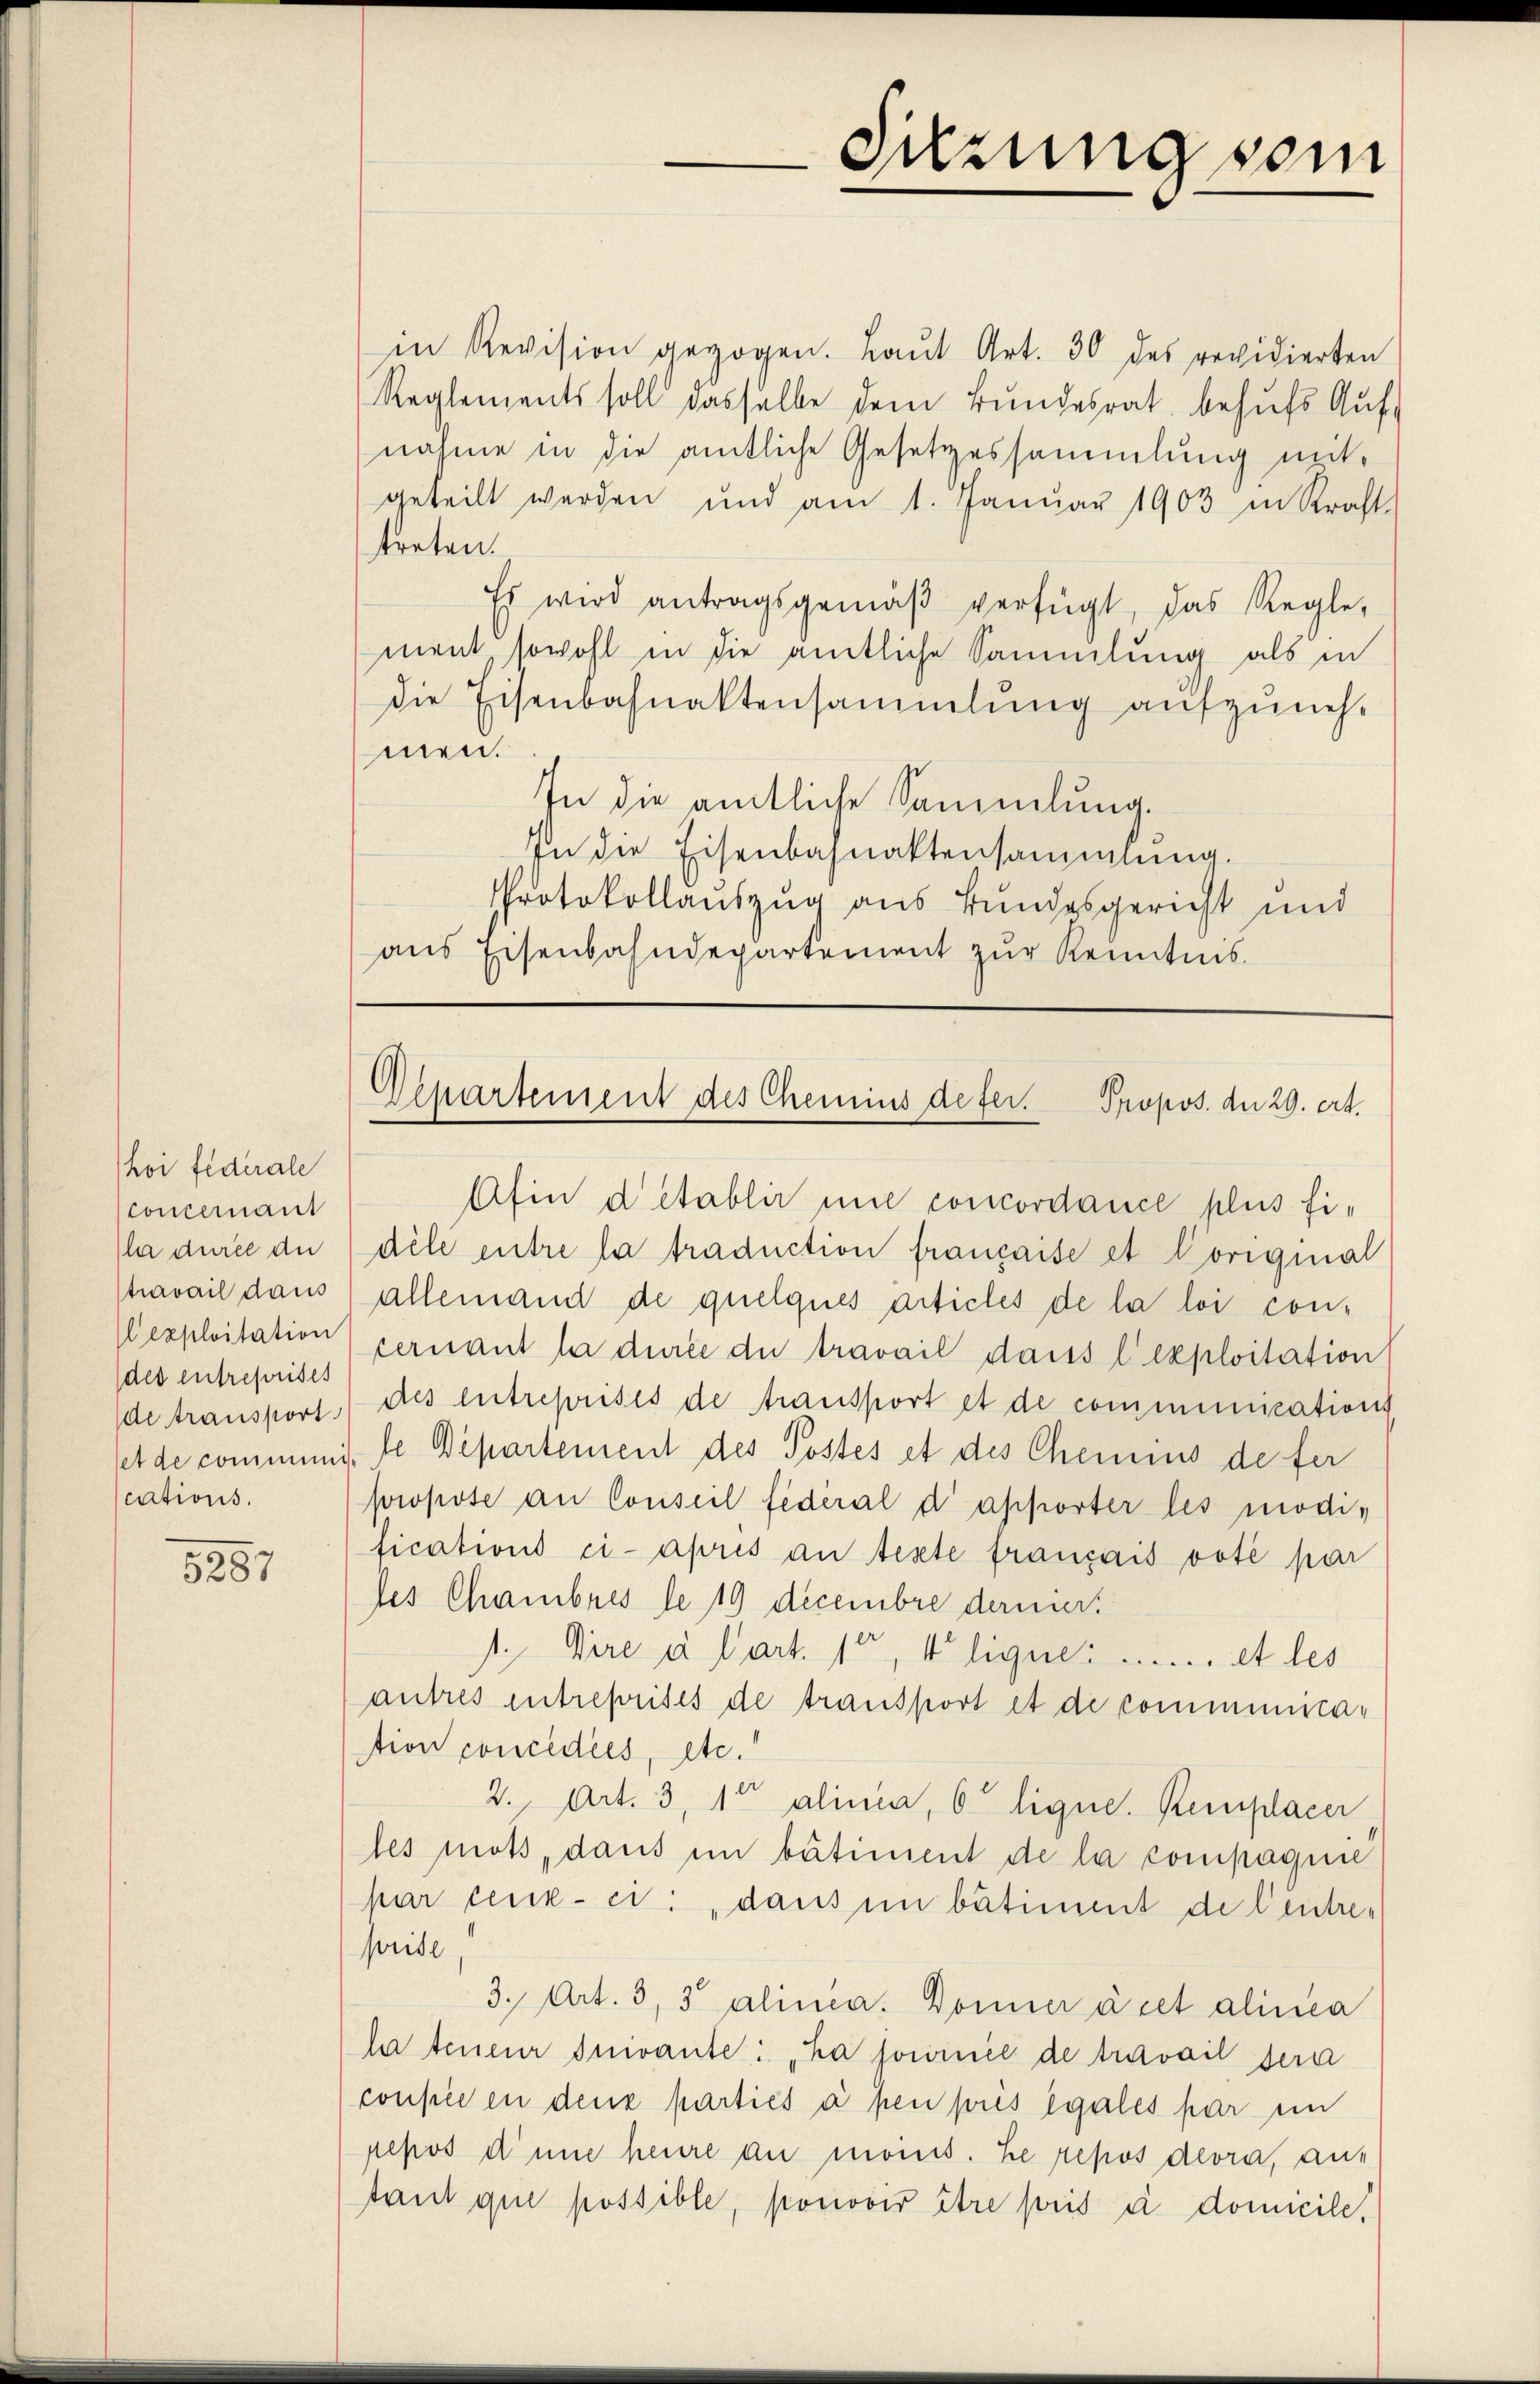
hoi fédérale
concernant
travail daus
Uexploitation
des entreprises
de transport
cations.

5287

in Revision gezogen. Laŭt Art. 30 des revidierten
Reglements soll dasselbe dem Bŭndesrat behŭfs Aŭf-
nähme in die amtliche Gesetzessammlung mitgeteilt werden und am 1. Janŭar 1903 in Kraft.
streten.
Es wird antragsgemäβ verfügt, das Regle-
ment, sowohl in die amtliche Sammlung als in
die Eisenbahnaktensammlung aufzuneh-
men.
In die amtliche Sammlung.
In die Eisenbahnaktensammlung.
Protokollauszug aus Bundesgericht und
aus Eisenbahndepartement zur Kenntnis.

Afin d’établir nie concordance plus fila durch die dile entre la traduction française et original
allemand de quelques articles de la loi con-
cernant la durée du travail dans l’exploitation
des entreprises de transport et de communications
set de communi. Je Departement des Postes et des Chemins de fer
propose an Conseil féderal d’apporter les modi-
lications ci-après an teste français voté par
des Chambres le 19 Decembre dernier
1., Dire à l’art. 1, 4 lique.  .. ..... et les
autres entreprises de transport et de communicastion concedies, etc.
2., Art. 3, 15 alinia, 6 lique. Kemplacer,
les mots, dans in bâtiment de la compagnie
par ceux-ci: „dans in bâtiment de Centre-
prise
3. Art. 3, 3 alinea. Donner à cet alinea
la teneur Inivante: "ha socinée de travail sera
conpee en deux parties à pen prés egales par ein
pepos diene heure au moins. Le repos devra, aus
tant que possible, pouvoir être pris u domicile,

Sitzung vom

Departement des Chemins defer. Propos. d. 29. ert.